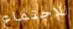
للإجتماع